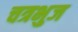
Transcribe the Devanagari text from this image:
चत्रभुज